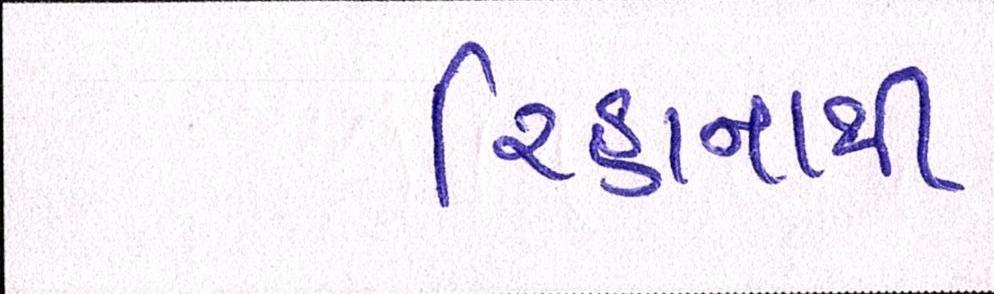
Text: રિહાનાથી